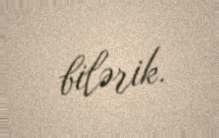
bilərik.